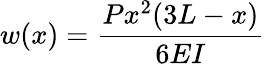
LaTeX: w(x)={\frac{Px^{2}(3L-x)}{6EI}}